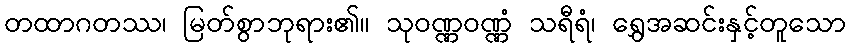
တထာဂတဿ၊ မြတ်စွာဘုရား၏။ သုဝဏ္ဏဝဏ္ဏံ သရီရံ၊ ရွှေအဆင်းနှင့်တူသော